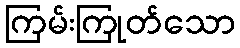
ကြမ်းကြုတ်သော